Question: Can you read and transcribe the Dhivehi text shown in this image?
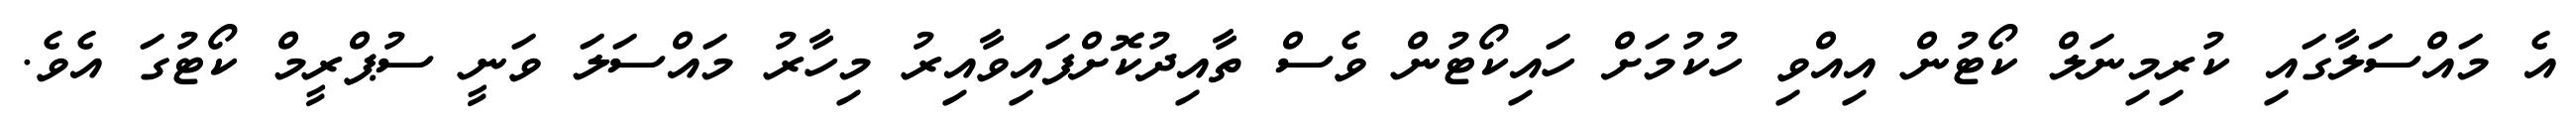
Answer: އެ މައްސަލާގައި ކުރިމިނަލް ކޯޓުން އިއްވި ހުކުމަށް ހައިކޯޓުން ވެސް ތާއިދުކޮށްފައިވާއިރު މިހާރު މައްސަލަ ވަނީ ސުޕްރީމް ކޯޓުގަ އެވެ.